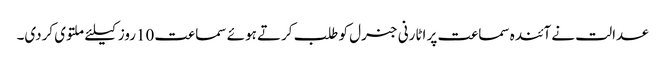
عدالت نے آئندہ سماعت پر اٹارنی جنرل کو طلب کرتے ہوئے سماعت 10روز کیلئے ملتوی کردی۔